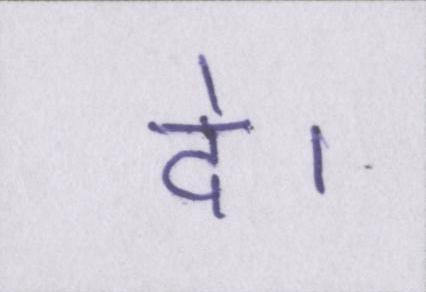
दे।